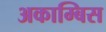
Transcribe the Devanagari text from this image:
अकाम्बिस